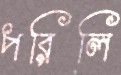
পরিলি